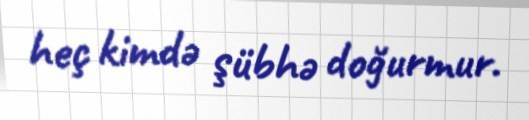
heç kimdə şübhə doğurmur.